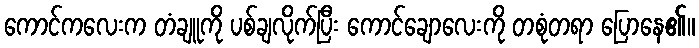
ကောင်ကလေးက တံချူကို ပစ်ချလိုက်ပြီး ကောင်ချောလေးကို တစုံတရာ ပြောနေ၏။